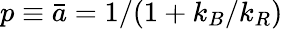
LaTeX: p\equiv\bar{a}=1/(1+k_{B}/k_{R})